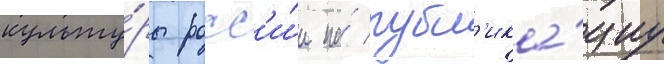
культу́ры росс'и́и на́ публ'ика́циу